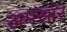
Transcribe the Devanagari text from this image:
अमसार